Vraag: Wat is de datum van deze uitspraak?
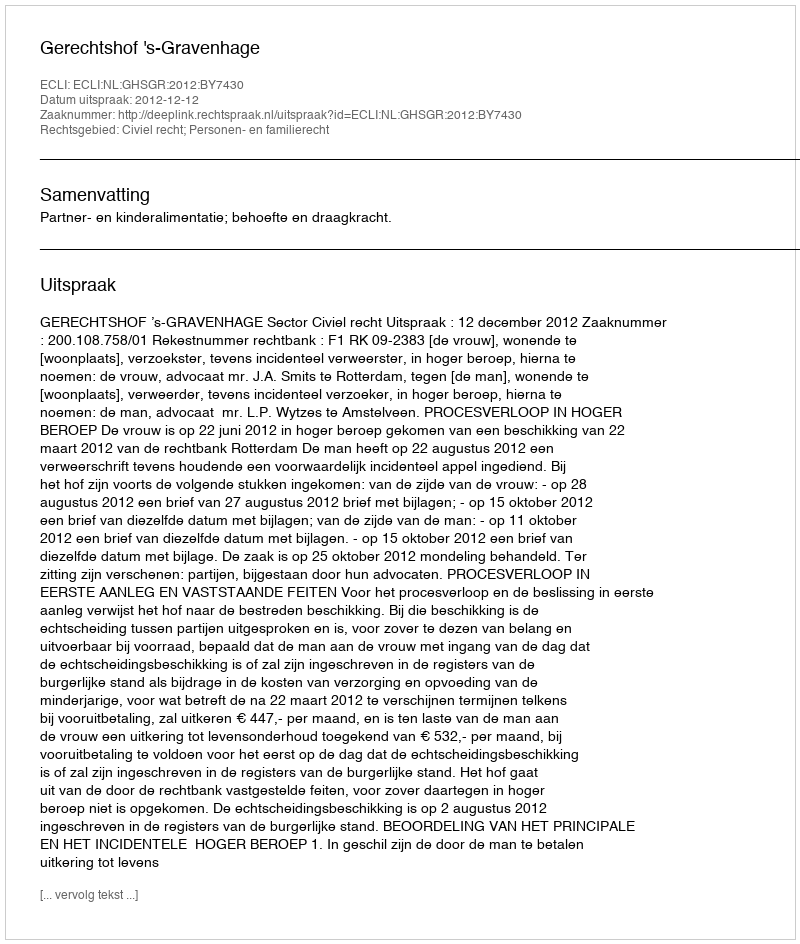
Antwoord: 2012-12-12